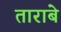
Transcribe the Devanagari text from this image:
ताराबे